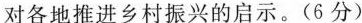
对各地推进乡村振兴的启示。( 6 分)